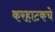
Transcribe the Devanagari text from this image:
करहाटकचे